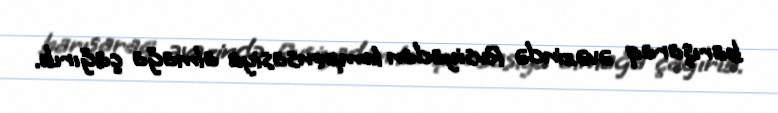
barışaraq əvəzində Rusiyadan kompensasiya almağa çağırıb.